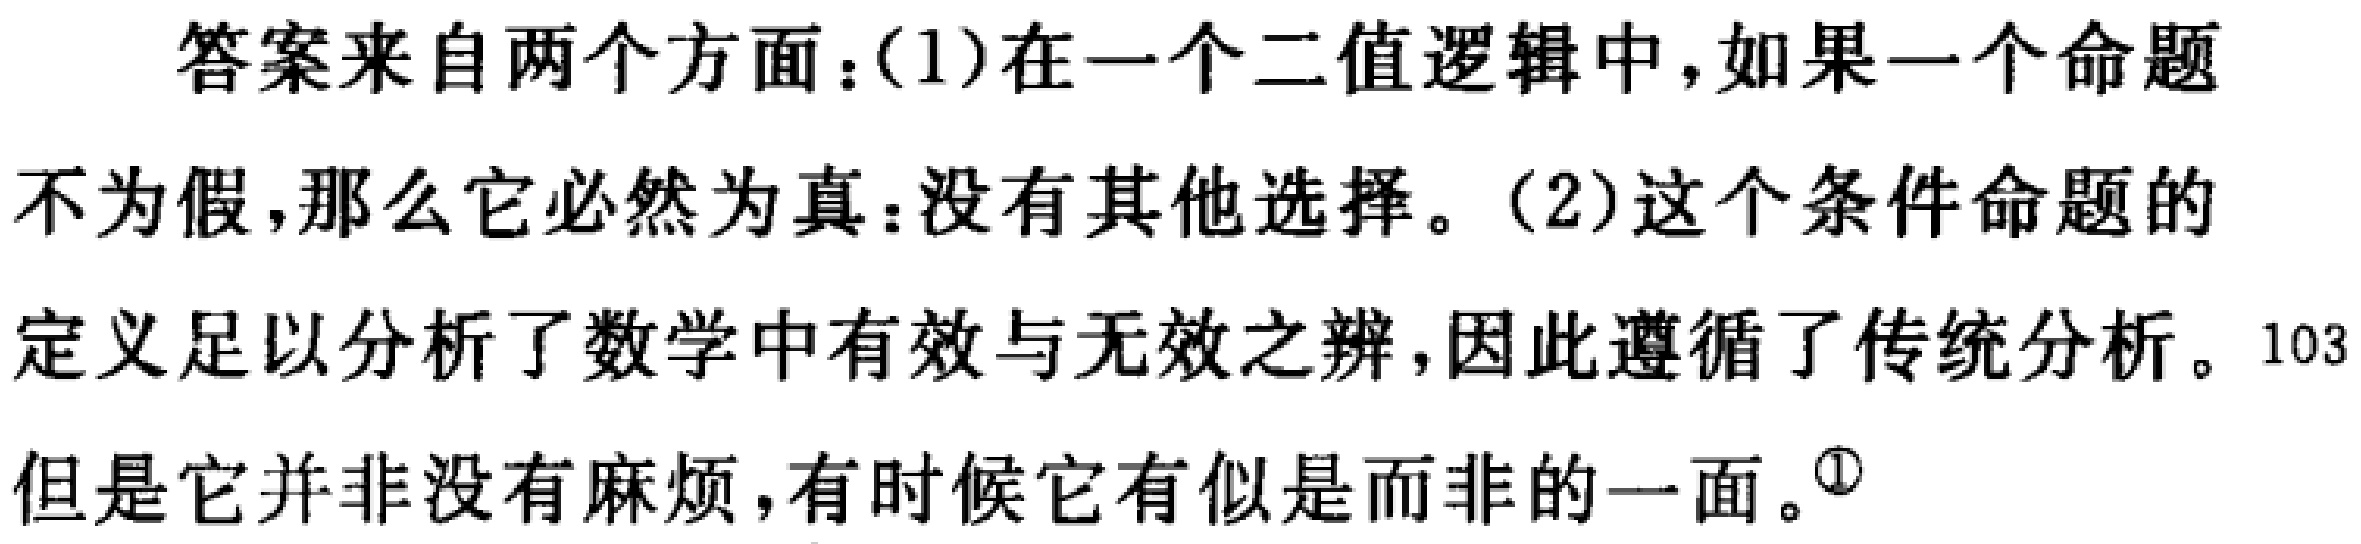
答案来自两个方面：(1)在一个二值逻辑中，如果一个命题不为假，那么它必然为真：没有其他选择。(2)这个条件命题的定义足以分析了数学中有效与无效之辨，因此遵循了传统分析。103但是它并非没有麻烦，有时候它有似是而非的一面。\textsuperscript{1}